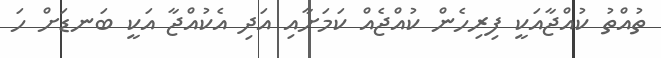
ތުއްތު ކުއްޖާއަކީ ފިރިހެން ކުއްޖެއް ކަމަށާއި އަދި އެކުއްޖާ އަކީ ބަނޑަށް ހަ